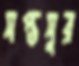
সপ্তসুর